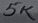
Text: 5K